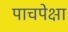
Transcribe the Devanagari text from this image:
पाचपेक्षा